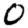
Digit: 0